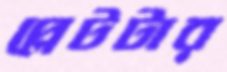
প্লেটটার